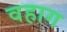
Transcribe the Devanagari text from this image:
वहाग